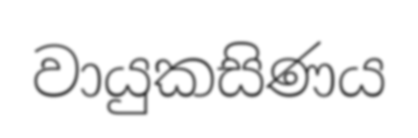
වායුකසිණය